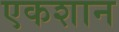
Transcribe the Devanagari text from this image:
एकशान